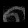
Digit: ၈